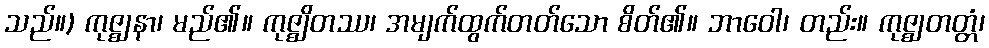
သည်။) ကုဇ္ဈနာ၊ မည်၏။ ကုဇ္ဈိတဿ၊ အမျက်ထွက်တတ်သော စိတ်၏။ ဘာဝေါ၊ တည်း။ ကုဇ္ဈတတ္တံ၊